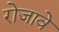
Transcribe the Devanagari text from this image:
रोजावे